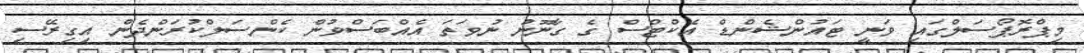
މިޕްރޮޕޯސަލްގައި ވަނީ ޓައުންޝެންޑް އެކްޓްސް ގެ ގާނޫނު ނުވަތަ އެއްބަސްވުން ކެންސަލްކުރަންދެން އިގިރޭސި